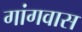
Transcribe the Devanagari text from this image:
गांगवास